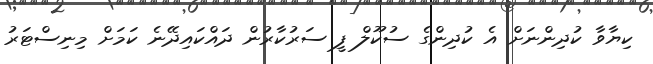
ކިޔާވާ ކުދިންނަށް އެ ކުދިންގެ ސުކޫލް ފީ ސަރުކާރުން ދައްކައިދޭނެ ކަމަށް މިނިސްޓަރު